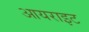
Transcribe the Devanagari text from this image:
आयराइट